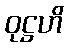
ဝုဋ္ဌဟိ